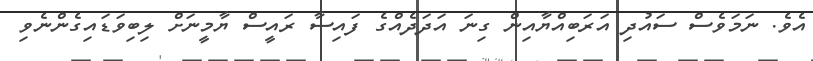
އެވެ. ނަމަވެސް ސައުދި އަރަބިއްޔާއިން ގިނަ އަދަދެއްގެ ފައިސާ ރައީސް ޔާމީނަށް ލިބިވަޑައިގެންނެވި